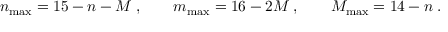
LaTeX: n _ { \mathrm { m a x } } = 1 5 - n - M \; , \qquad m _ { \mathrm { m a x } } = 1 6 - 2 M \; , \qquad M _ { \mathrm { m a x } } = 1 4 - n \; .